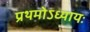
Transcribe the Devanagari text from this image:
प्रथमोऽध्यायः